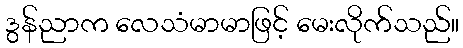
ဒွန်ညာက လေသံမာမာဖြင့် မေးလိုက်သည်။